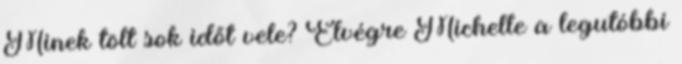
Minek tölt sok időt vele? Elvégre Michelle a legutóbbi